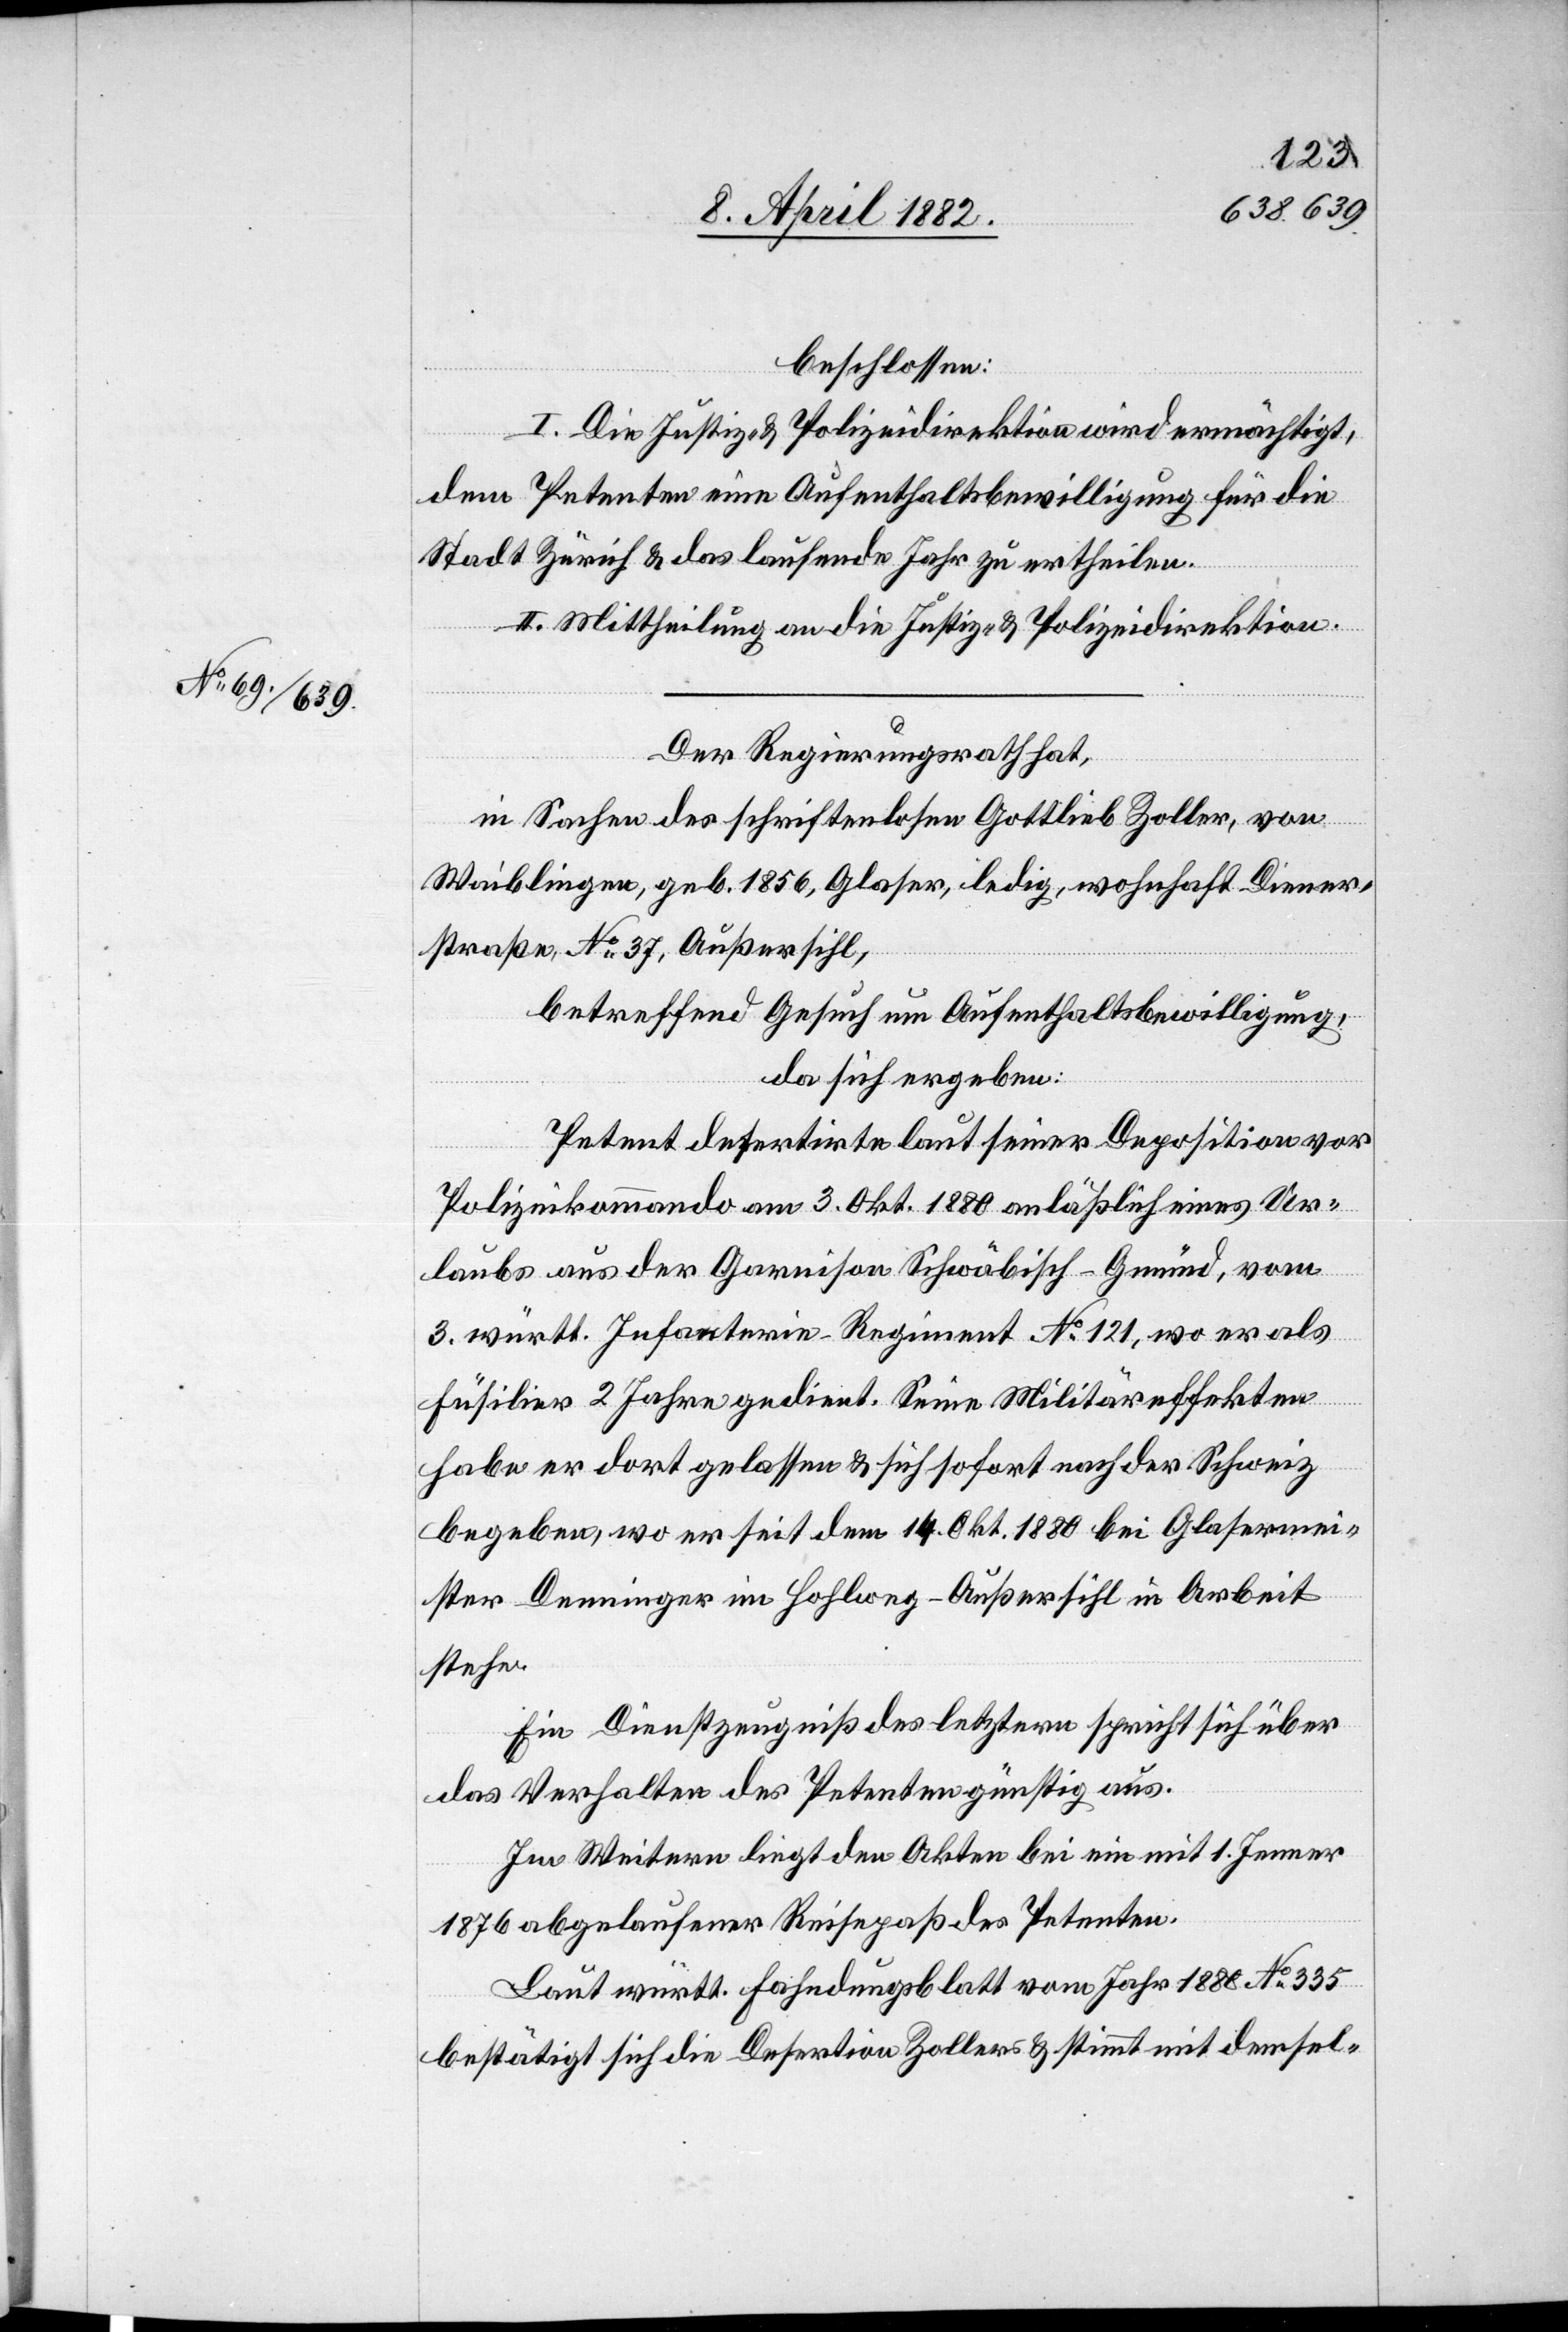
beschlossen:
I. Die Justiz- & Polizeidirektion wird ermächtigt,
dem Petenten eine Aufenthaltsbewilligung für die
Stadt Zürich & das laufende Jahr zu ertheilen.
II. Mittheilung an die Justiz- & Polizeidirektion.
Der Regierungsrath hat,
in Sachen des schriftenlosen Gottlieb Zoller, von
Waiblingen, geb. 1856, Glaser, ledig, wohnhaft Diener¬
straße, No 37, Außersihl,
betreffend Gesuch um Aufenthaltsbewilligung,
da sich ergeben:
Petent desertirte laut seiner Deposition vor
Polizeikommando am 3. Okt. 1880 anläßlich eines Ur¬
laubs aus der Garnison Schwäbisch-Gmünd, vom
3. württ. Infanterie-Regiment No 121, wo er als
Füsilier 2 Jahre gedient. Seine Militäreffekten
habe er dort gelassen & sich sofort nach der Schweiz
begeben, wo er seit dem 14. Okt. 1880 bei Glasermei¬
ster Denninger im Hohlweg - Außersihl in Arbeit
stehe.
Ein Dienstzeugniß des letztern spricht sich über
das Verhalten des Petenten günstig aus.
Im Weitern liegt den Akten bei ein mit 1. Jenner
1876 abgelaufener Reisepaß des Petenten.
Laut württ. Fahndungsblatt vom Jahr 1880 No 335
bestätigt sich die Desertion Zollers & stimmt mit demsel-